Insane asylums in Bengal annual reports 1876-1887 - 1876-1887
Year: 1876
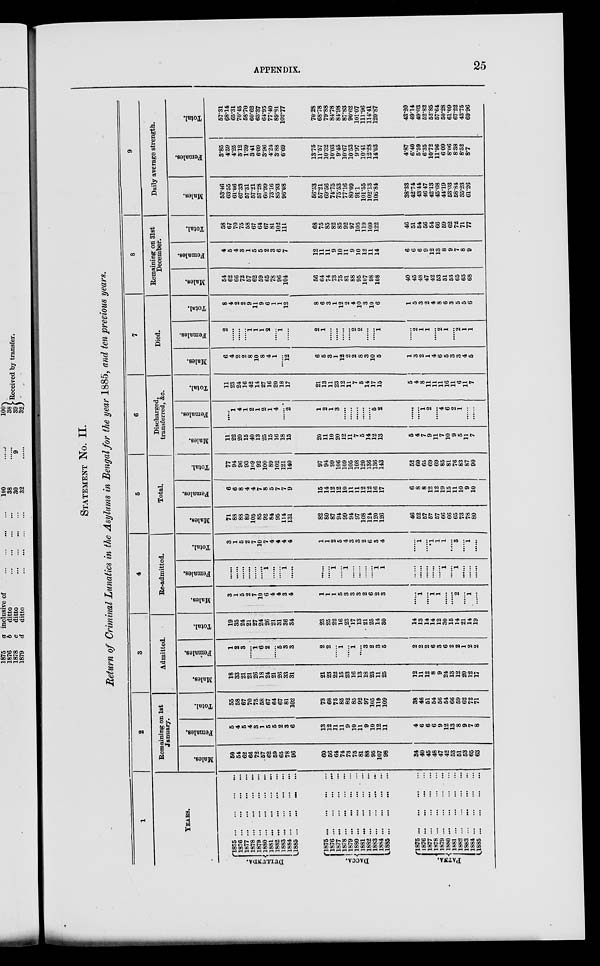
APPENDIX.
25
STATEMENT N
o
.
II.
Return of Criminal Lunatics in the Asylums in Bengal for the year 1885, and ten previous years.
1
YEARS.
DULLUNDA.
DACCA.
PATNA.
1875
...
...
...
...
1876
...
...
...
...
1877
...
...
...
...
1878
...
...
...
...
1879
...
...
...
...
1880
...
...
...
...
1881
...
...
...
...
1882
...
...
...
...
1883
...
...
...
...
1884
...
...
...
...
1885 ... ... ... ...
1875
...
...
...
...
1876
...
...
...
...
1877
...
...
...
...
1878
...
...
...
...
1879
...
...
...
...
1880
...
...
...
...
1881
...
...
...
...
1882
...
...
...
...
1883 ... ... ... ...
1884
...
...
...
...
1885
...
...
...
...
1875
...
...
...
...
1876
...
...
...
...
1877
...
...
...
...
1878
...
...
...
...
1879
...
...
...
...
1880
...
...
...
...
1881
...
...
...
...
1882
...
...
...
...
1883 ... ... ... ...
1884
...
...
...
...
1885
...
...
...
...
2
Remaining on 1st
January.
Males.
50
54
62
66
72
57
62
59
65
78
96
60
56
64
74
73
75
81
88
95
107
98
34
40
45
48
47
42
53
51
53
65
63
Females.
5
4
5
4
3
1
5
5
2
3
6
13
12
11
11
9
10
11
9
10
12
11
4
6
6
6
9
12
13
8
9
7
8
Total.
55
58
67
70
75
58
67
64
67
81
102
73
68
75
85
82
85
92
97
105
119
109
38
46
51
54
56
54
66
59
62
72
71
3
Admitted.
Males.
18
33
21
21
26
18
24
21
26
33
31
21
23
22
15
23
16
13
18
23
11
25
12
11
12
8
9
24
13
12
20
12
17
Females.
1
2
3
......
1
6
2
......
5
3
3
2
2
......
1
......
1
......
3
2
3
5
2
2
2
6
3
6
2
2
1
2
2
Total.
19
35
24
21
27
24
26
21
31
36
34
23
25
22
16
23
17
13
21
25
14
30
14
13
14
14
12
30
15
14
21
14
19
4
Re-admitted.
Males.
3
1
5
2
7
10
6
4
4
3
4
1
1
1
5
3
3
3
2
6
2
3
......
1
......
1
1
......
......
2
......
1
......
Females.
......
......
......
......
......
......
1
......
......
1
......
......
......
1
......
1
......
......
......
......
1
1
......
......
......
......
......
1
......
1
......
......
......
Total.
3
1
5
2
7
10
7
4
4
4
4
1
1
2
5
4
3
3
2
6
3
4
......
1
......
1
1
1
......
3
......
1
......
5
Total.
Males.
71
88
88
89
105
85
92
84
95
114
131
82
80
87
94
99
94
97
108
121
120
126
46
52
57
57
57
66
66
65
73
78
80
Females.
6
6
8
4
4
7
8
5
7
7
9
15
14
12
12
10
11
11
12
12
16
17
6
8
8
12
12
19
15
11
10
9
10
Total.
77
94
96
93
109
92
100
89
102
121
140
97
94
99
106
109
105
108
120
136
136
143
52
60
65
69
69
85
81
76
83
87
90
6
Discharged,
transferred, &c.
Males.
11
22
20
15
40
13
25
15
16
18
15
20
11
10
20
12
11
7
5
14
12
13
5
4
7
9
11
7
10
9
5
11
7
Females.
1
4
1
2
1
2
1
4
......
2
1
2
1
3
......
......
......
......
......
5
2
......
......
1
2
......
4
6
2
1
......
......
Total.
11
23
24
16
42
14
27
16
20
18
17
21
13
11
23
12
11
7
5
14
17
15
5
4
8
11
11
11
16
11
6
11
7
7
Died.
Males.
6
4
2
2
8
10
8
4
1
......
12
6
5
3
1
12
2
2
8
3
10
5
1
3
2
1
4
6
5
3
3
4
5
Females.
2
......
......
......
1
1
1
2
......
1
......
2
1
......
......
......
......
2
2
......
......
1
......
2
1
1
......
2
1
......
2
1
1
Total.
8
4
2
2
9
11
9
6
1
1
12
8
6
3
1
12
2
4
10
3
10
6
1
5
3
2
4
8
6
3
5
5
6
8
Remaining on 31st
December.
Males.
54
62
66
72
57
62
59
65
78
96
104
56
64
74
73
75
81
88
95
107
98
108
40
45
48
47
42
53
51
53
65
63
68
Females.
4
5
4
3
1
5
5
2
3
6
7
12
11
11
9
10
11
9
10
12
11
14
6
6
6
9
12
13
8
9
7
8
9
Total.
58
67
70
75
58
67
64
67
81
102
111
68
75
85
82
85
92
97
105
119
109
122
46
51
54
56
54
66
59
62
72
71
77
9
Daily average strength.
Males.
53.46
6355
61.06
67.33
57.31
57.21
57.28
60.99
73.16
85.93
96.08
66.53
57.21
69.56
74.75
75.53
77.16
80.09
91.1
101.55
102.13
106.84
38.33
42.74
43.44
46.47
42.13
45.68
44.19
53.03
58.84
35.23
61.26
Females.
3.85
4.59
4.25
312
1.39
3.41
609
3.96
4.24
3.88
6.69
13.75
11.57
10.32
10.03
9.45
10.67
10.53
9.97
10.41
12.28
14.03
4.87
6.40
5.59
6.35
10.72
11.96
6.09
8.06
8.38
8.52
8.7
Total.
57.31
68.14
65.31
70.45
58.70
60.62
63.37
6495
77.40
89.81
102.77
7028
68.78
79.88
84.78
81.98
87.83
90.62
10107
111.96
114.41
120.87
43.20
4914
49.03
62.82
52.85
57.64
50.28
61.09
67.22
4375
69.96